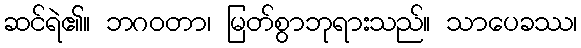
ဆင်ရဲ၏။ ဘဂဝတာ၊ မြတ်စွာဘုရားသည်။ သာပေခဿ၊